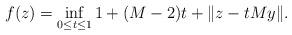
LaTeX: \begin{gather*} f(z) = \inf_{0 \leq t \leq 1} 1 + (M - 2) t + \|z - t M y\|. \end{gather*}